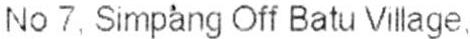
NO 7. SIMPANG OFF BATU VILLAGE.